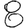
Digit: 8